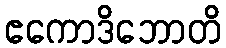
ဧကောဒိဘောတိ